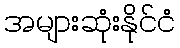
အများဆုံးနိုင်ငံ